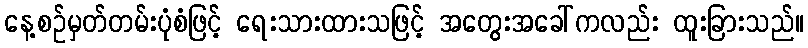
နေ့စဉ်မှတ်တမ်းပုံစံဖြင့် ရေးသားထားသဖြင့် အတွေးအခေါ်ကလည်း ထူးခြားသည်။